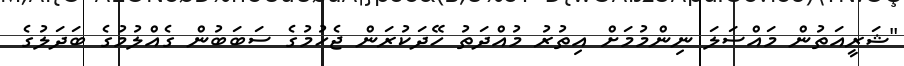
"ޝަރީއަތުން މައްސަލަ ނިންމުމަށް އިތުރު މުއްދަތު ހޭދަކުރަން ޖެހުމުގެ ސަބަބުން ގެއްލުމުގެ ބަދަލުގެ